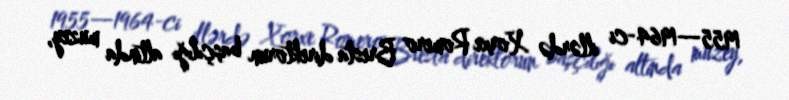
1955—1964-ci illərdə Xorxe Romero Bresta direktorun başçılığı altinda muzey,